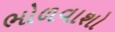
ભોળવાશો